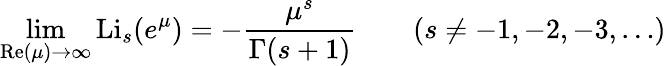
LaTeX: \operatorname*{lim}_{\operatorname{Re}(\mu)\to\infty}\operatorname{Li}_{s}(e^{\mu})=-{\frac{\mu^{s}}{\Gamma(s+1)}}\qquad(s\neq-1,-2,-3,\ldots)